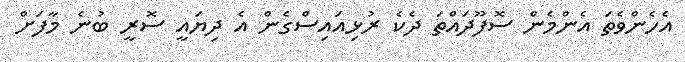
އެހެންވެތަ އެންމެން ސޮފޫދައްތަ ދެކެ ރުޅިއައިސްގެން އެ ދިޔައީ ސޮރީ ބުނެ މާފަށް